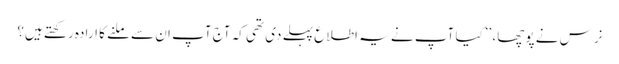
نرس نے پوچھا، ’’کیا آپ نے یہ اطلاع پہلے دی تھی کہ آج آپ ان سے ملنے کا ارادہ رکھتے ہیں؟